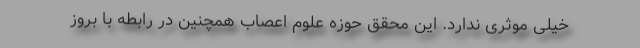
خیلی موثری ندارد. این محقق حوزه علوم اعصاب همچنین در رابطه با بروز